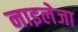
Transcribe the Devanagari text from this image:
नाइलेजा